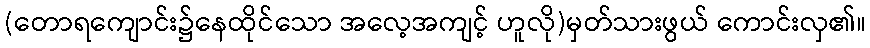
(တောရကျောင်း၌နေထိုင်သော အလေ့အကျင့် ဟူလို)မှတ်သားဖွယ် ကောင်းလှ၏။